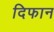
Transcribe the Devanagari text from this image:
दिफान